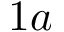
1 a